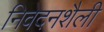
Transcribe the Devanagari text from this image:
निवेदनशैली